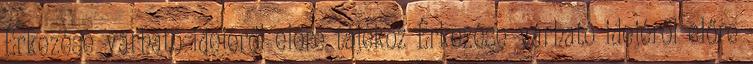
Érkezése várható idejéről előre tájékoz Érkezése várható idejéről előre